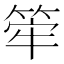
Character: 𥭲